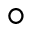
^ \circ